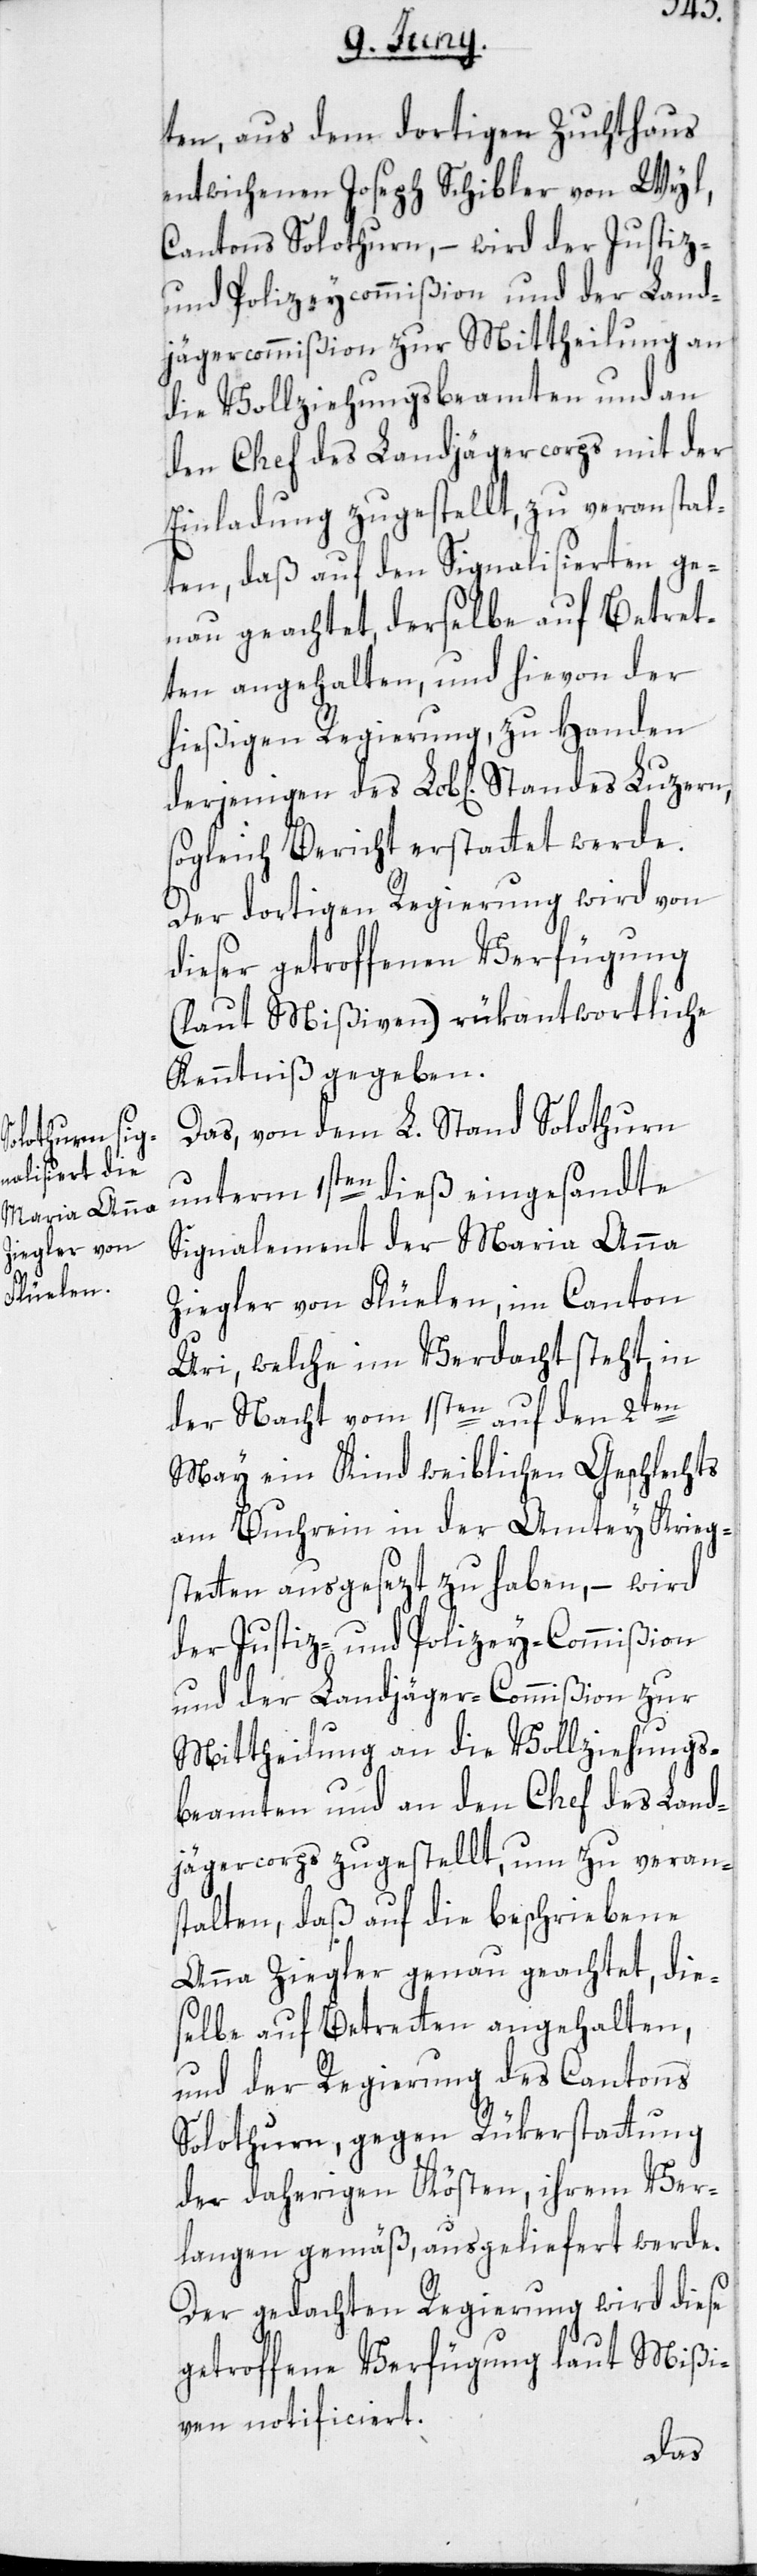
ten, aus dem dortigen Zuchthaus
entwichenen Joseph Schibler von Wyl,
Cantons Solothurn, – wird der Justiz-
und Polizeycommißion und der Land¬
jägercommißion zur Mittheilung an
die Vollziehungsbeamten und an
den Chef des Landjägercorps mit der
Einladung zugestellt, zu veranstal¬
ten, daß auf den Signalisierten ge¬
nau geachtet, derselbe auf Betret¬
ten angehalten, und hievon der
hießigen Regierung, zu Handen
sogleich Bericht erstattet werde.
Der dortigen Regierung wird von
dieser getroffenen Verfügung
(laut Mißiven) rükantwortliche
Kenntniß gegeben.
Das, von dem L. Stand Solothurn
unterm 1sten dieß eingesandte
Signalement der Maria Anna
Ziegler von Flüelen, im Canton
Uri, welche in Verdacht steht, in
der Nacht vom 1sten auf den 2ten
May ein Kind weiblichen Geschlechts
am Buchrein in der Amtey Krieg¬
stetten ausgesezt zu haben, – wird
der Justiz- und Polizey-Commißion
und der Landjäger-Commißion zur
Mittheilung an die Vollziehungs¬
beamten und an den Chef des Land¬
jägercorps zugestellt, um zu veran¬
stalten, daß auf die beschriebene
Anna Ziegler genau geachtet, die¬
selbe auf Betretten angehalten,
und der Regierung des Cantons
Solothurn, gegen Rükerstattung
der daherigen Kösten, ihrem Ver¬
langen gemäß, ausgeliefert werde.
Der gedachten Regierung wird diese
getroffene Verfügung laut Mißi¬
ven notificiert.
des